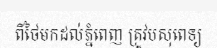
ពីថៃមកដល់ភ្នំពេញ ត្រូវបសុពេទ្យ